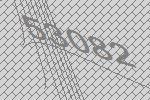
53082